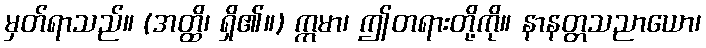
မှတ်ရာသည်။ (အတ္ထိ၊ ရှိ၏။) ဣမာ၊ ဤတရားတို့ကို။ နာနတ္တသညာယော၊